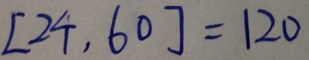
[ 2 4 , 6 0 ] = 1 2 0